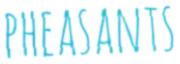
PHEASANTS